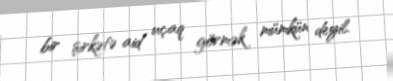
bir şirkətə aid uçaq görmək mümkün deyil.